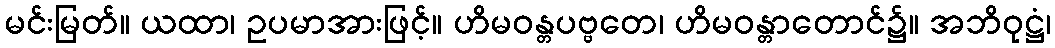
မင်းမြတ်။ ယထာ၊ ဥပမာအားဖြင့်။ ဟိမဝန္တပဗ္ဗတေ၊ ဟိမဝန္တာတောင်၌။ အဘိဝုဋ္ဌံ၊